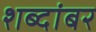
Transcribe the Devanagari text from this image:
शब्दांबर